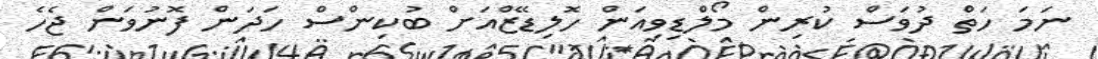
ނަމަ ހަތް ދުވަސް ކުރިން މޯލްޑިވިއަން ހޮލިޑޭޒްއަށް ބުކިންސް ހަދަން ފޮނުވަން ޖެހެ